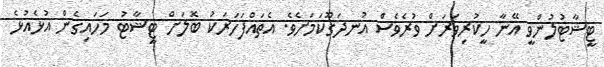
ޓީޝާޓުލުންވީ އޭނާ ހީކުރިވަރަށް ވުރެވެސް އުނދަގޫކަމަށެވެ. އެތައްފަހަރަކު ބޮލަށް ޓީޝާޓު މަހައިގެން އުޅެއުޅެ